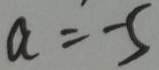
a = - 5